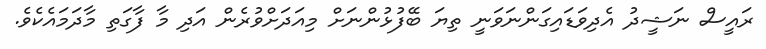
ރައީސް ނަޝީދު އެދިވަޑައިގަންނަވަނީ ތިޔަ ބޭފުޅުންނަށް މިއަދަށްވުރެން އަދި މާ ފާގަތި މާދަމައެކެވެ.